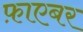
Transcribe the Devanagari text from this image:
फ़ाएबर